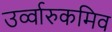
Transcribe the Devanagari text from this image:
उर्व्वारुकमिव